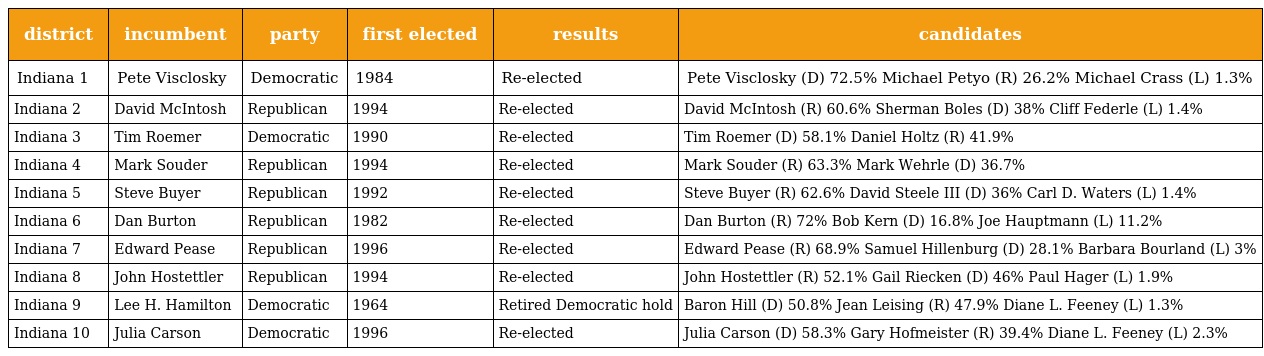
| district | incumbent | party | first elected | results | candidates |
 | --- | --- | --- | --- | --- | --- |
 | Indiana 1 | Pete Visclosky | Democratic | 1984 | Re-elected | Pete Visclosky (D) 72.5% Michael Petyo (R) 26.2% Michael Crass (L) 1.3% |
 | Indiana 2 | David McIntosh | Republican | 1994 | Re-elected | David McIntosh (R) 60.6% Sherman Boles (D) 38% Cliff Federle (L) 1.4% |
 | Indiana 3 | Tim Roemer | Democratic | 1990 | Re-elected | Tim Roemer (D) 58.1% Daniel Holtz (R) 41.9% |
 | Indiana 4 | Mark Souder | Republican | 1994 | Re-elected | Mark Souder (R) 63.3% Mark Wehrle (D) 36.7% |
 | Indiana 5 | Steve Buyer | Republican | 1992 | Re-elected | Steve Buyer (R) 62.6% David Steele III (D) 36% Carl D. Waters (L) 1.4% |
 | Indiana 6 | Dan Burton | Republican | 1982 | Re-elected | Dan Burton (R) 72% Bob Kern (D) 16.8% Joe Hauptmann (L) 11.2% |
 | Indiana 7 | Edward Pease | Republican | 1996 | Re-elected | Edward Pease (R) 68.9% Samuel Hillenburg (D) 28.1% Barbara Bourland (L) 3% |
 | Indiana 8 | John Hostettler | Republican | 1994 | Re-elected | John Hostettler (R) 52.1% Gail Riecken (D) 46% Paul Hager (L) 1.9% |
 | Indiana 9 | Lee H. Hamilton | Democratic | 1964 | Retired Democratic hold | Baron Hill (D) 50.8% Jean Leising (R) 47.9% Diane L. Feeney (L) 1.3% |
 | Indiana 10 | Julia Carson | Democratic | 1996 | Re-elected | Julia Carson (D) 58.3% Gary Hofmeister (R) 39.4% Diane L. Feeney (L) 2.3% |